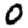
Digit: 0